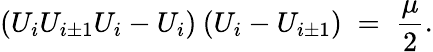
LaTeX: (U_{i}U_{i\pm 1}U_{i}-U_{i})\: (U_{i}-U_{i\pm 1})\; =\; \frac{\mu}{2}.